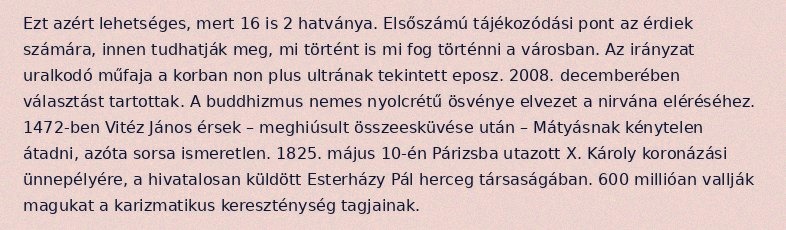
Ezt azért lehetséges, mert 16 is 2 hatványa. Elsőszámú tájékozódási pont az érdiek számára, innen tudhatják meg, mi történt is mi fog történni a városban. Az irányzat uralkodó műfaja a korban non plus ultrának tekintett eposz. 2008. decemberében választást tartottak. A buddhizmus nemes nyolcrétű ösvénye elvezet a nirvána eléréséhez. 1472-ben Vitéz János érsek – meghiúsult összeesküvése után – Mátyásnak kénytelen átadni, azóta sorsa ismeretlen. 1825. május 10-én Párizsba utazott X. Károly koronázási ünnepélyére, a hivatalosan küldött Esterházy Pál herceg társaságában. 600 millióan vallják magukat a karizmatikus kereszténység tagjainak.